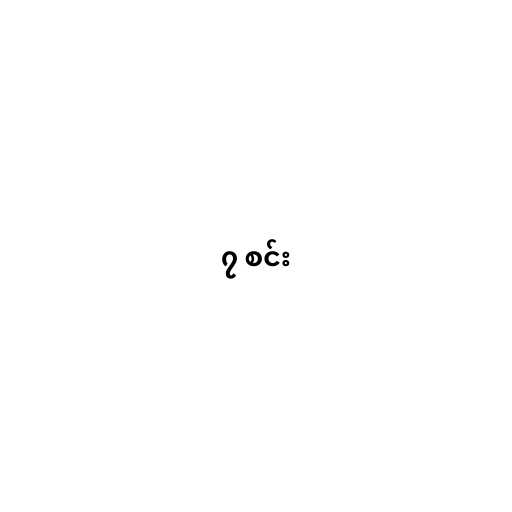
၇ စင်း